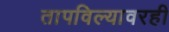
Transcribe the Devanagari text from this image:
तापविल्यावरही